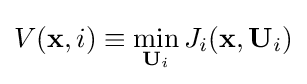
V(\mathbf {x} ,i)\equiv \min _{\mathbf {U} _{i}}J_{i}(\mathbf {x} ,\mathbf {U} _{i})